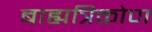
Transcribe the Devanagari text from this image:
बाह्यत्रिकोण